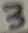
Text: 3